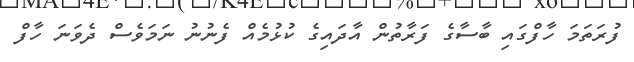
ފުރަތަމަ ހާފްގައި ބާސާގެ ފަރާތުން އާދައިގެ ކުޅުމެއް ފެނުނު ނަމަވެސް ދެވަނަ ހާފް